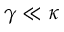
\gamma \ll \kappa